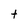
Character: t